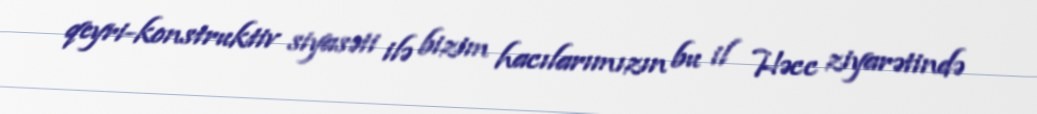
qeyri-konstruktiv siyasəti ilə bizim hacılarımızın bu il Həcc ziyarətində